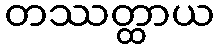
တဿတ္ထာယ